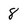
Character: 8